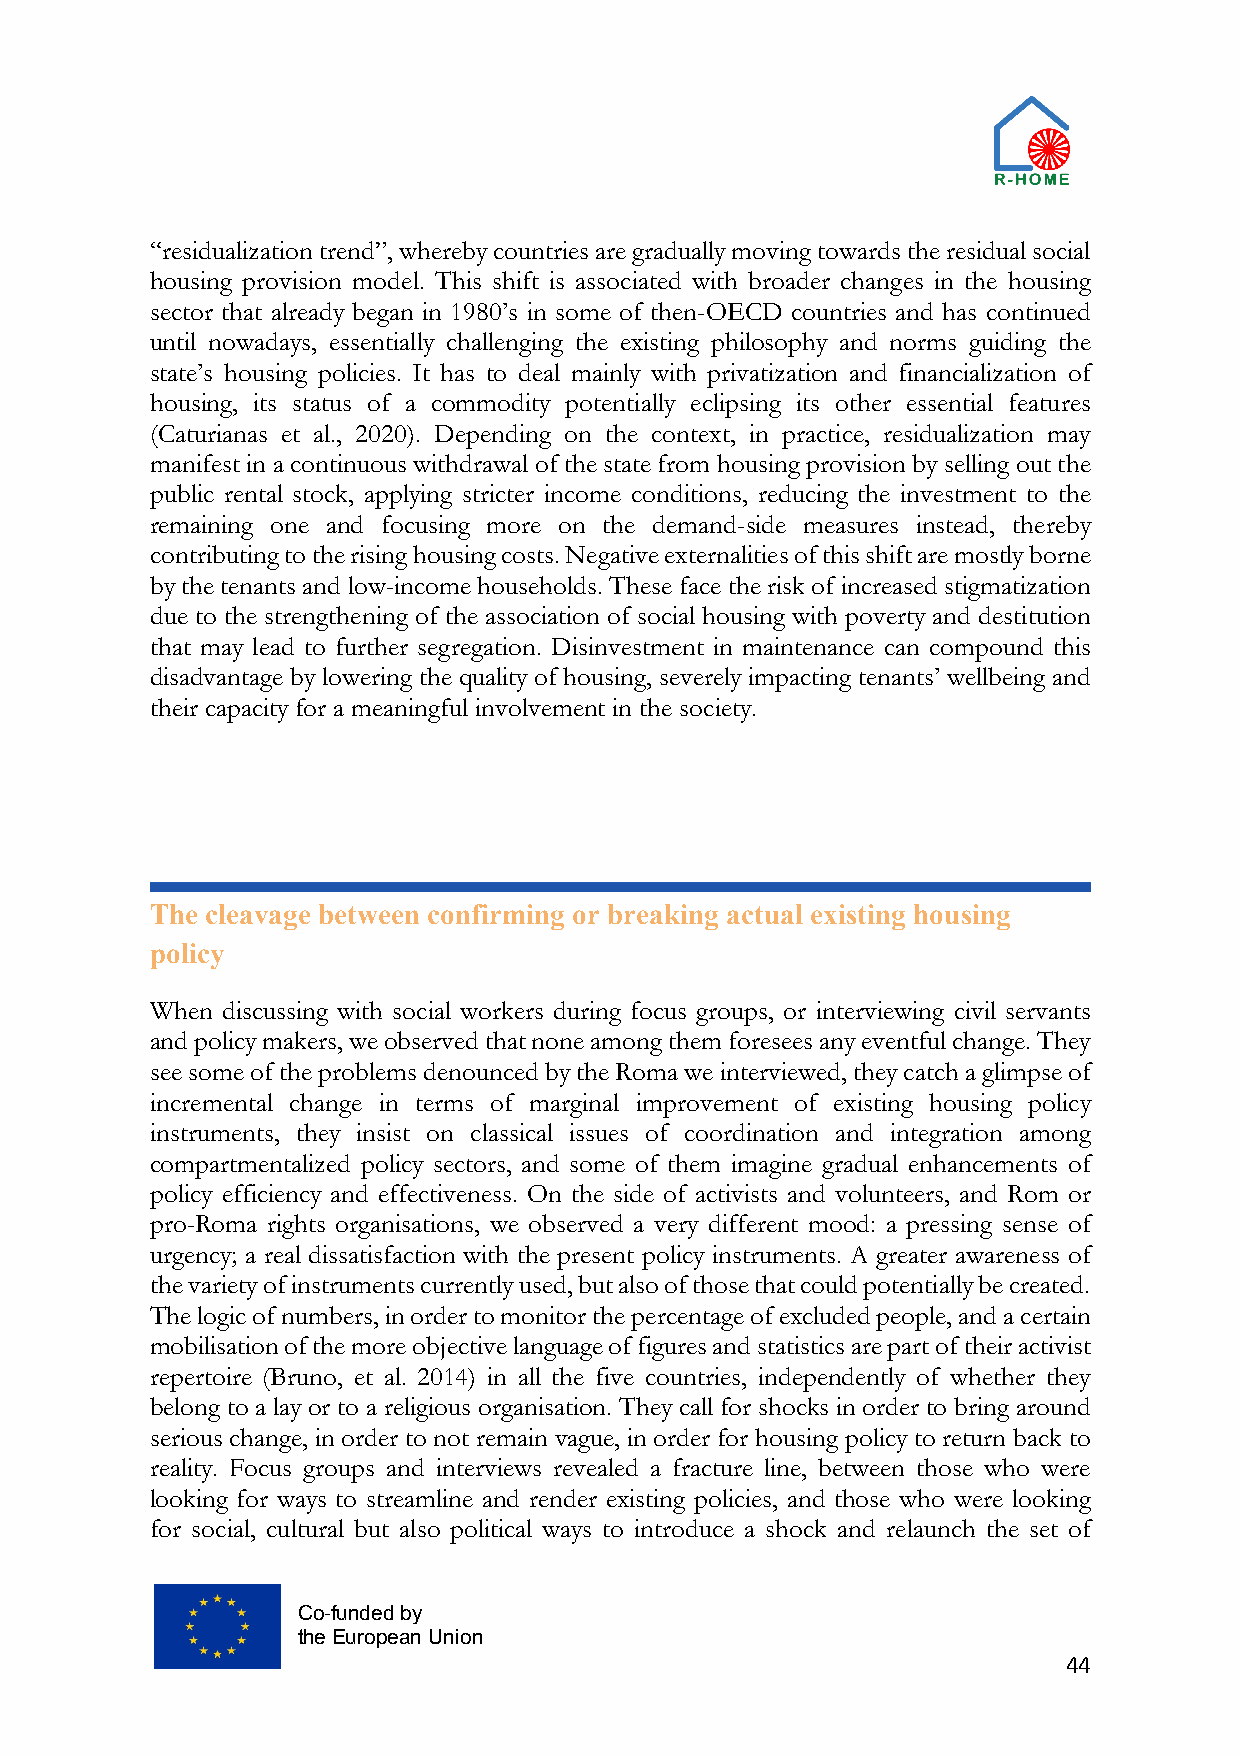
“residualization trend”, whereby countries are gradually moving towards the residual social
 housing provision model. This shift is associated with broader changes in the housing
 sector that already began in 1980’s in some of then-OECD countries and has continued
 until nowadays, essentially challenging the existing philosophy and norms guiding the
 state’s housing policies. It has to deal mainly with privatization and financialization of
 housing, its status of a commodity potentially eclipsing its other essential features
 (Caturianas et al., 2020). Depending on the context, in practice, residualization may
 manifest in a continuous withdrawal of the state from housing provision by selling out the
 public rental stock, applying stricter income conditions, reducing the investment to the
 remaining one and focusing more on the demand-side measures instead, thereby
 contributing to the rising housing costs. Negative externalities of this shift are mostly borne
 by the tenants and low-income households. These face the risk of increased stigmatization
 due to the strengthening of the association of social housing with poverty and destitution
 that may lead to further segregation. Disinvestment in maintenance can compound this
 disadvantage by lowering the quality of housing, severely impacting tenants’ wellbeing and
 their capacity for a meaningful involvement in the society.
 The cleavage between confirming or breaking actual existing housing
 policy
 When discussing with social workers during focus groups, or interviewing civil servants
 and policy makers, we observed that none among them foresees any eventful change. They
 see some of the problems denounced by the Roma we interviewed, they catch a glimpse of
 incremental change in terms of marginal improvement of existing housing policy
 instruments, they insist on classical issues of coordination and integration among
 compartmentalized policy sectors, and some of them imagine gradual enhancements of
 policy efficiency and effectiveness. On the side of activists and volunteers, and Rom or
 pro-Roma rights organisations, we observed a very different mood: a pressing sense of
 urgency; a real dissatisfaction with the present policy instruments. A greater awareness of
 the variety of instruments currently used, but also of those that could potentially be created.
 The logic of numbers, in order to monitor the percentage of excluded people, and a certain
 mobilisation of the more objective language of figures and statistics are part of their activist
 repertoire (Bruno, et al. 2014) in all the five countries, independently of whether they
 belong to a lay or to a religious organisation. They call for shocks in order to bring around
 serious change, in order to not remain vague, in order for housing policy to return back to
 reality. Focus groups and interviews revealed a fracture line, between those who were
 looking for ways to streamline and render existing policies, and those who were looking
 for social, cultural but also political ways to introduce a shock and relaunch the set of
 Co-funded by
 the European Union
 44